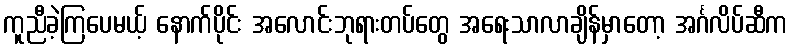
ကူညီခဲ့ကြပေမယ့် နောက်ပိုင်း အလောင်းဘုရားတပ်တွေ အရေးသာလာချိန်မှာတော့ အင်္ဂလိပ်ဆီက